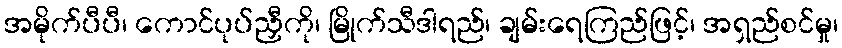
အမိုက်ပီပီ၊ ကောင်ပုပ်ညှီကို၊ မြိုက်သီဒါရည်၊ ချမ်းရေကြည်ဖြင့်၊ အရှည်စင်မှု၊